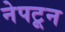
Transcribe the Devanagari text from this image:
नेपटून